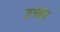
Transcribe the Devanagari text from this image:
उज्‍जेन